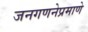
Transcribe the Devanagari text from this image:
जनगणनेप्रमाणे